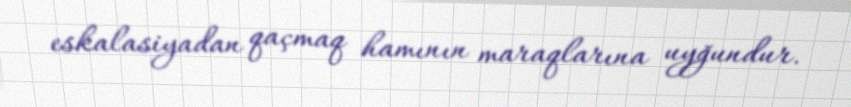
eskalasiyadan qaçmaq hamının maraqlarına uyğundur.